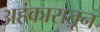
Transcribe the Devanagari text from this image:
अहंकारातून